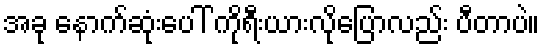
အခု နောက်ဆုံးပေါ် ကိုရီးယားလိုပြောလည်း ပီတာပဲ။